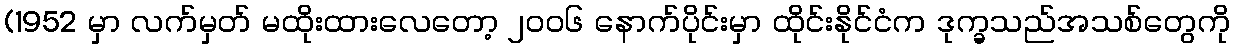
(1952 မှာ လက်မှတ် မထိုးထားလေတော့ ၂၀၀၆ နောက်ပိုင်းမှာ ထိုင်းနိုင်ငံက ဒုက္ခသည်အသစ်တွေကို